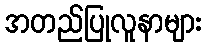
အတည်ပြုလူနာများ